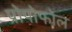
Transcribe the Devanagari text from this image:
प्रोपोफोल